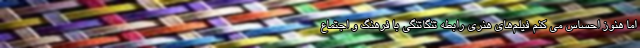
اما هنوز احساس می کنم فیلم‌های هنری رابطه تنگاتنگی با فرهنگ و اجتماع